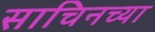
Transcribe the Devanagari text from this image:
साचिनच्या